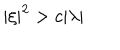
LaTeX: \left| \xi \right| ^ { 2 } > c | \lambda |